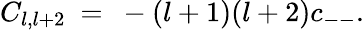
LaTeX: C_{l,l+2}\ =\ -(l+1)(l+2)c_{--}.